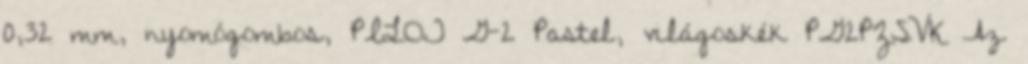
0,32 mm, nyomógombos, PILOT G-2 Pastel, világoskék PG2PZSVK Az